Scottish Leaving Certificate Examination, 1957
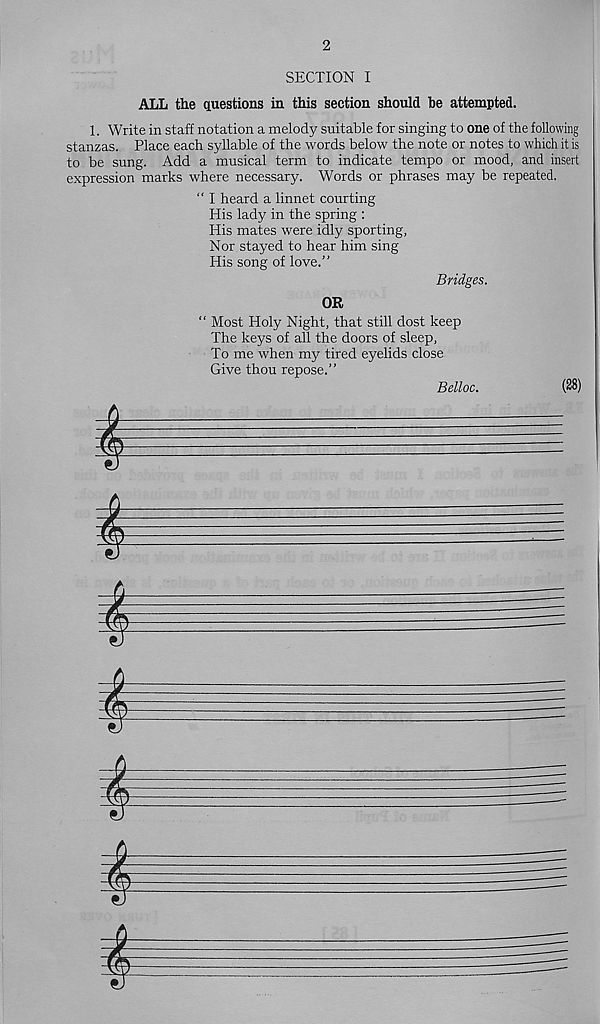
2
SECTION I
ALL the questions in this section should be attempted.
1. Write in staff notation a melody suitable for singing to one of the following
stanzas. Place each syllable of the words below the note or notes to which it is
to be sung. Add a musical term to indicate tempo or mood, and insert
expression marks where necessary. Words or phrases may be repeated.
“ I heard a linnet courting
His lady in the spring :
His mates were idly sporting,
Nor stayed to hear him sing
His song of love.”
Bridges.
OR
“ Most Holy Night, that still dost keep
The keys of all the doors of sleep,
To me when my tired eyelids close
Give thou repose.”
I
Belloc.
(28)